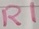
Text: R1